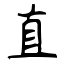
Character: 直